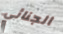
الجنائي